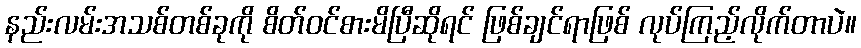
နည်းလမ်းအသစ်တစ်ခုကို စိတ်ဝင်စားမိပြီဆိုရင် ဖြစ်ချင်ရာဖြစ် လုပ်ကြည့်လိုက်တာပဲ။